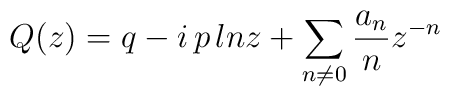
Q(z)=q-i\,p\,lnz+\sum_{n\neq 0}\frac{a_{n}}{n}z^{-n}